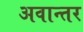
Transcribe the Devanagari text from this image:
अवान्‍तर